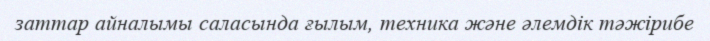
заттар айналымы саласында ғылым, техника және әлемдік тәжірибе